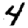
Digit: 4